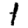
Digit: 1